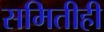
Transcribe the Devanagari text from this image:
समितीही